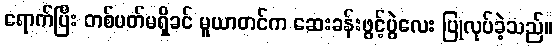
ရောက်ပြီး တစ်ပတ်မရှိခင် မူယာတင်က ဆေးခန်းဖွင့်ပွဲလေး ပြုလုပ်ခဲ့သည်။